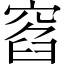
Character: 窞